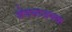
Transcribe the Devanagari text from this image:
वेदनाजनक